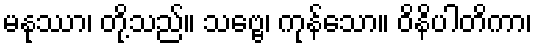
မနုဿာ၊ တို့သည်။ သဗ္ဗေ၊ ကုန်သော။ ဝိနိပါတိကာ၊